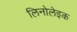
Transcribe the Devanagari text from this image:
लिनोलेइक